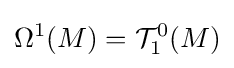
\Omega ^{1}(M)={\mathcal {T}}_{1}^{0}(M)